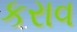
કરાવ